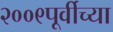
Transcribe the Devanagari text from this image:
२००९पूर्वीच्या